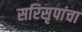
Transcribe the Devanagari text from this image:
सरिसृपांचा